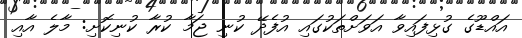
އައްޑޫގެ ގުޅިފައިވާ އަވަށްތަކުގައި އުފެދޭ ކުނި ޖަމާ ކުރާ ކުނިކޮށި: މާލެ އާއި